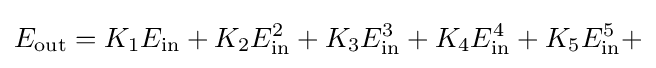
E_{\text{out}}=K_{1}E_{\text{in}}+K_{2}E_{\text{in}}^{2}+K_{3}E_{\text{in}}^{3}+K_{4}E_{\text{in}}^{4}+K_{5}E_{\text{in}}^{5}+